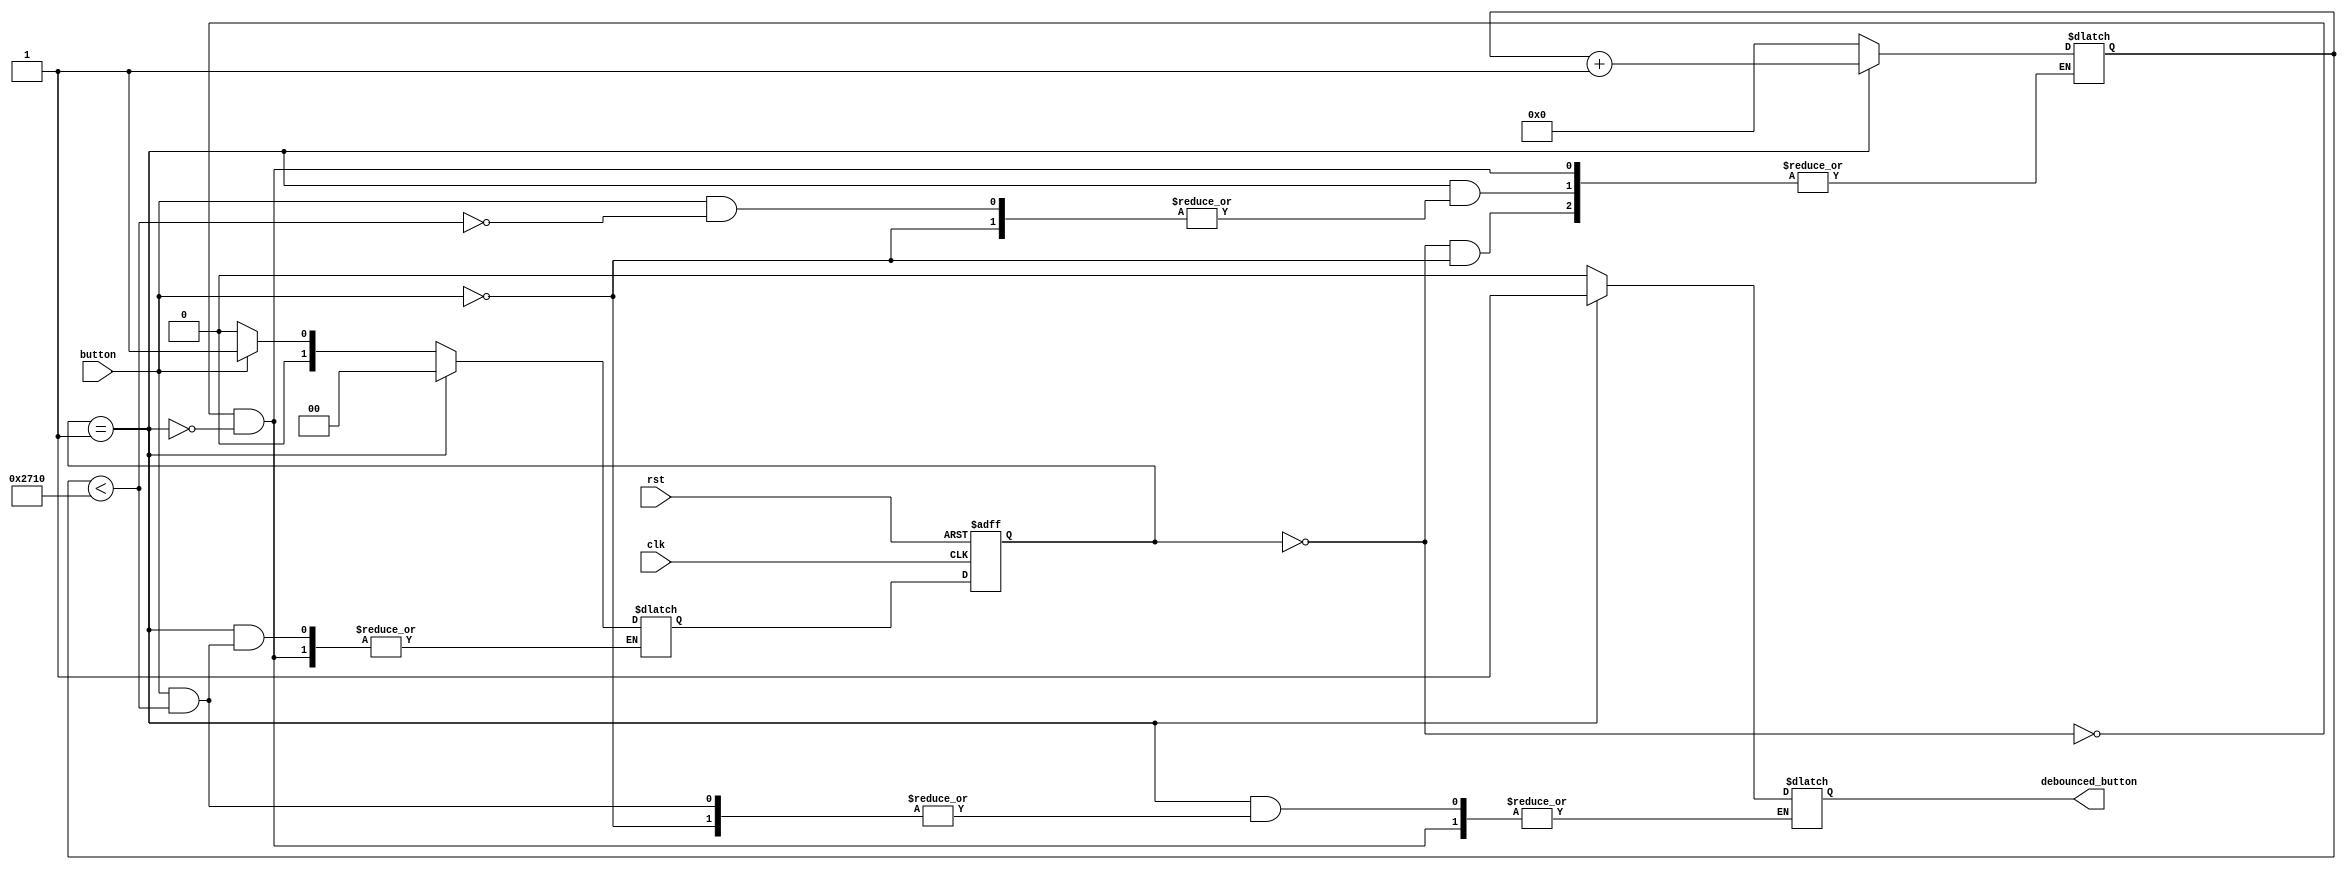
module debounce_circuit (
  input wire clk,
  input wire rst,
  input wire button,
  output reg debounced_button
);

// State machine states
parameter IDLE = 2'b00;
parameter DEBOUNCING = 2'b01;

// State and next state variables
reg [1:0] state, next_state;

// Debounce counter
reg [31:0] debounce_counter;

// Debounce threshold
parameter DEBOUNCE_THRESHOLD = 10000; // Adjust threshold based on system requirements

// State machine logic
always @(posedge clk or posedge rst) begin
  if (rst) begin
    state <= IDLE;
  end else begin
    state <= next_state;
  end
end

// Output logic
always @(*) begin
  case(state)
    IDLE: begin
      debounced_button <= 0;
      if (button == 1) begin
        next_state <= DEBOUNCING;
        debounce_counter <= 0;
      end else begin
        next_state <= IDLE;
      end
    end
    
    DEBOUNCING: begin
      if (button == 1) begin
        if (debounce_counter < DEBOUNCE_THRESHOLD) begin
          debounce_counter <= debounce_counter + 1;
        end else begin
          debounced_button <= 1;
          next_state <= IDLE;
        end
      end else begin
        next_state <= IDLE;
      end
    end
  endcase
end

endmodule